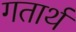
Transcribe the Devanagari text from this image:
गतार्थ